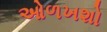
ઓળખશો